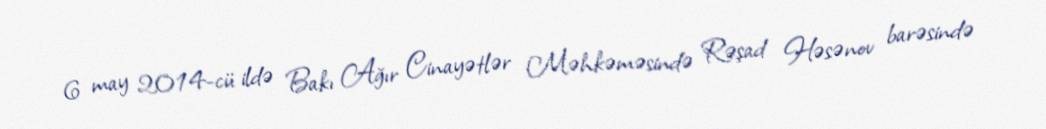
6 may 2014-cü ildə Bakı Ağır Cinayətlər Məhkəməsində Rəşad Həsənov barəsində